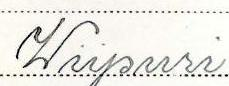
Wiipuri